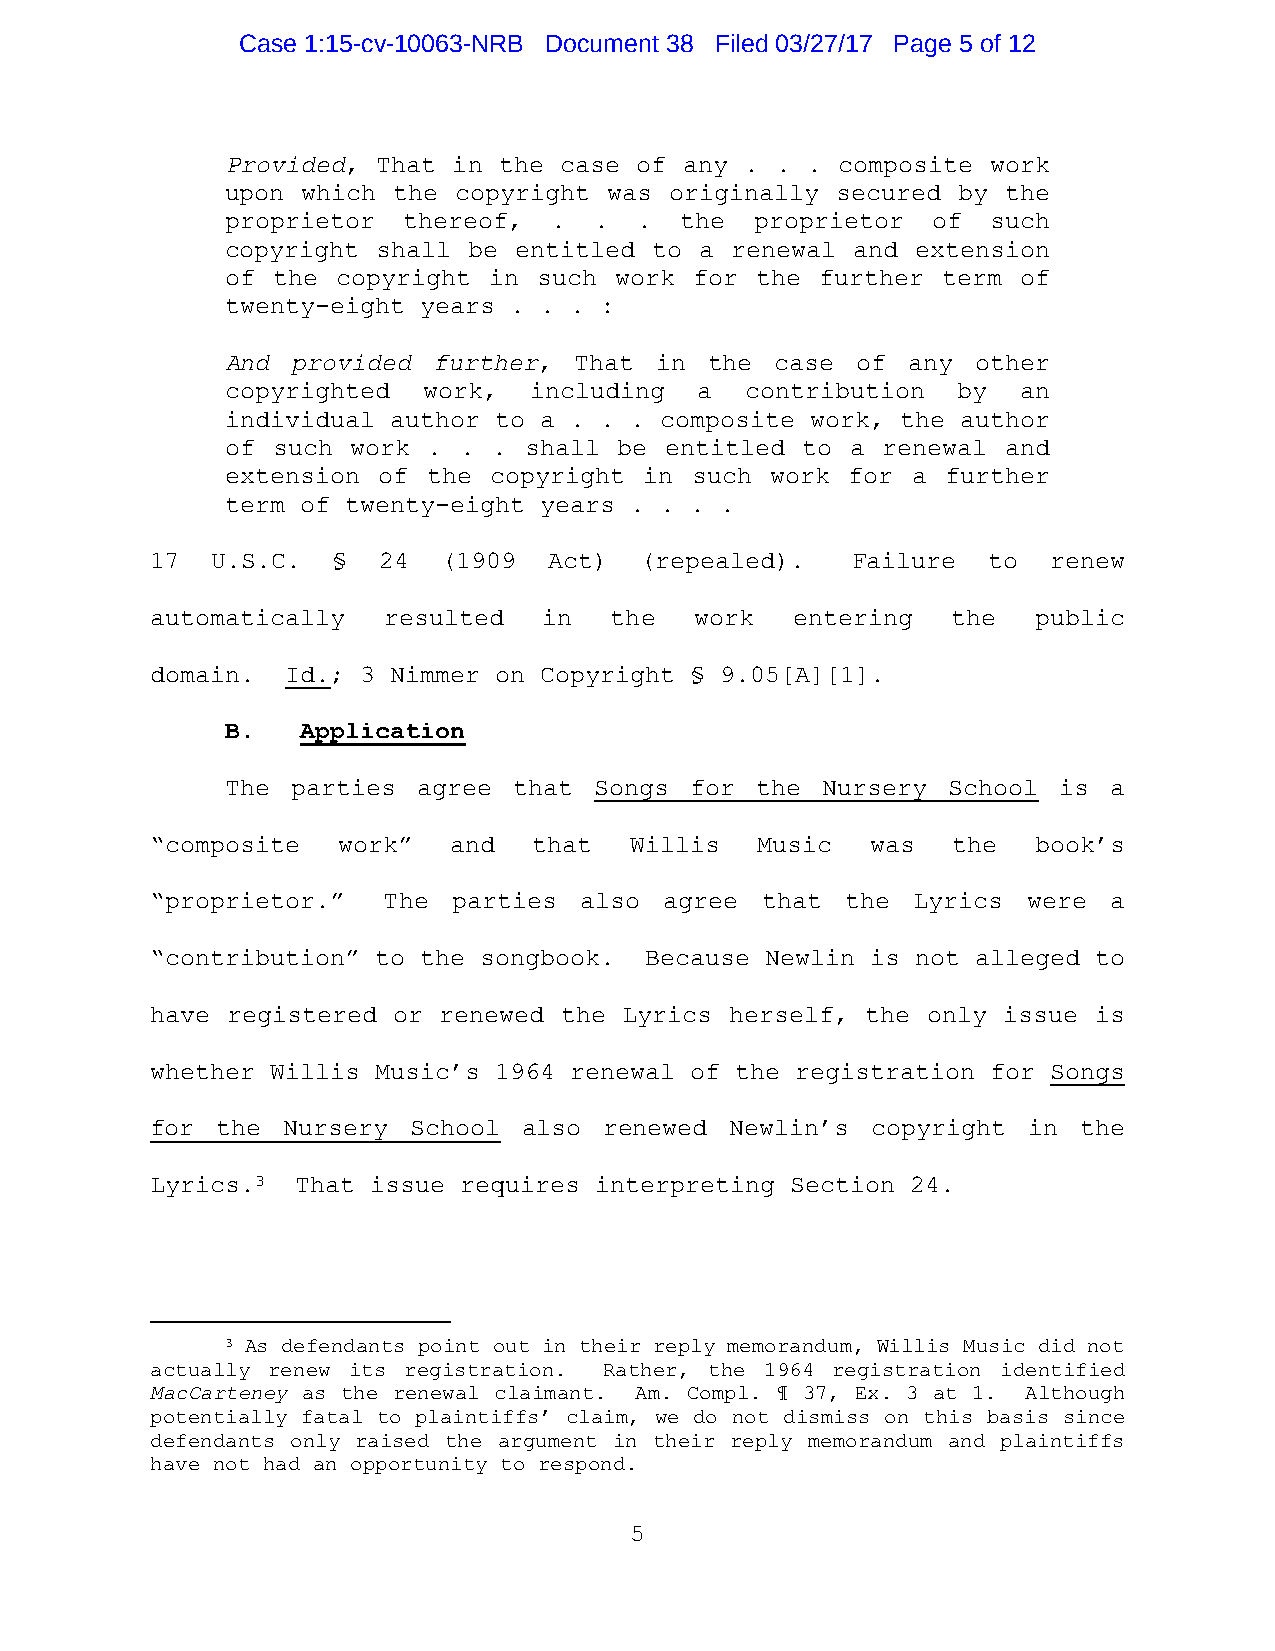
Case 1:15-cv-10063-NRB Document 38 Filed 03/27/17 Page 5 of 12
 Provided, That in the case of any . . . composite  work
 upon which the copyright was originally secured by  the
 proprietor  thereof, .  .  .  the  proprietor  of  such
 copyright shall be entitled to a renewal and  extension
 of the copyright in  such work for the further term  of
 twenty-eight years . . . :
 And provided  further, That in  the case  of any  other
 copyrighted  work,  including  a  contribution  by   an
 individual author to a . . . composite work, the author
 of such work . .  . shall be entitled to a renewal  and
 extension of the copyright  in such work for a  further
 term of twenty-eight years . . . .
 17  U.S.C.  §  24  (1909  Act)  (repealed).   Failure  to   renew
 automatically  resulted   in  the   work  entering   the   public
 domain.  Id.; 3 Nimmer on Copyright § 9.05[A][1].
 B.   Application
 The parties  agree that Songs  for the Nursery  School is  a
 “composite  work”   and  that   Willis  Music   was  the   book’s
 “proprietor.”  The  parties also  agree that  the Lyrics  were  a
 “contribution” to the songbook.  Because Newlin is not alleged to
 have registered or renewed the Lyrics herself, the only issue is
 whether Willis Music’s 1964 renewal of the registration for Songs
 for the  Nursery School  also renewed Newlin’s  copyright in  the
 Lyrics.3  That issue requires interpreting Section 24.
 3 As defendants point out in their reply memorandum, Willis Music did not
 actually renew its registration. Rather, the 1964 registration identified
 MacCarteney as the renewal claimant. Am. Compl. ¶ 37, Ex. 3 at 1. Although
 potentially fatal to plaintiffs’ claim, we do not dismiss on this basis since
 defendants only raised the argument in their reply memorandum and plaintiffs
 have not had an opportunity to respond.
 5